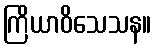
ကြိယာဝိသေသန။